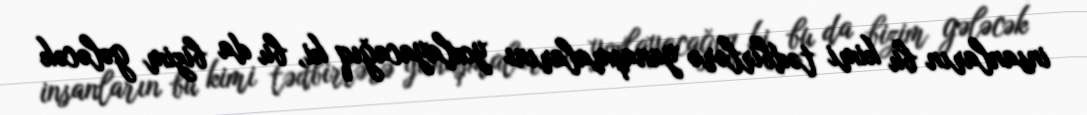
insanların bu kimi tədbirlərə yanaşmalarını yoxlayacağıq ki, bu da bizim gələcək